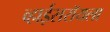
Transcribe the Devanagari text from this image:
व्हाईसरॉयला